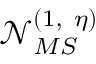
\mathcal { N } _ { M S } ^ { ( 1 , ~ \eta ) }